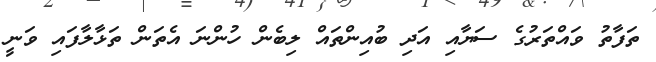
ތަފާތު ވައްތަރުގެ ސަޔާއި އަދި ބުއިންތައް ލިބެން ހުންނަ އެތަން ތަޅާލާފައި ވަނީ